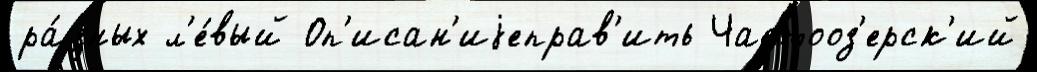
ра́зных л'е́вый Оп'исан'иjеправ'ить Частооз'ерск'ий